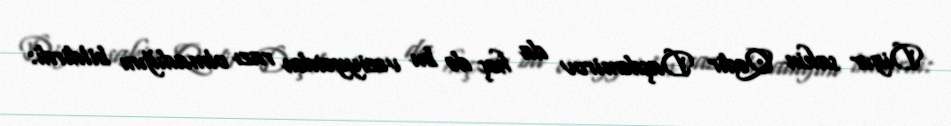
Digər sakin Qədir Daşdəmirov da heç də bu vəziyyətdən razı olmadığını bildirdi: